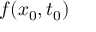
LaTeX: f ( x _ { 0 } , t _ { 0 } )